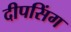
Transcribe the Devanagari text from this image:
दीपसिंग